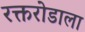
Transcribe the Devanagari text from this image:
रक्तरोडाला